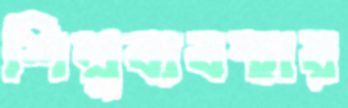
শিল্পব্যবস্থার